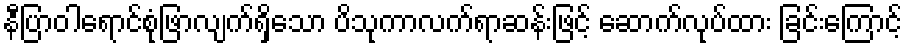
နီပြာဝါရောင်စုံဖြာလျက်ရှိသော ပိသုကာလက်ရာဆန်းဖြင့် ဆောက်လုပ်ထား ခြင်းကြောင့်